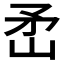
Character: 𬑭